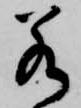
若